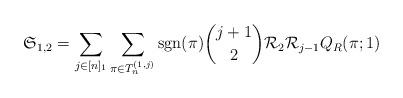
LaTeX: \begin{align*} \mathfrak{S}_{1,2}=\sum_{j \in [n]_1} \sum_{\pi \in T_n^{(1,j)}} \mathrm{sgn}(\pi) \binom{j+1}{2} \mathcal{R}_2 \mathcal{R}_{j-1} Q_R(\pi;1)\end{align*}